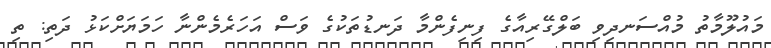
މައުލޫމާތު މުއްސަނދިވި ބަލްގޭރިއާގެ ފިނިފެންމާ ދަނޑުތަކުގެ ވަސް އަހަރެމެންނާ ހަމަޔަށްކަޅު ދަތި: ތި